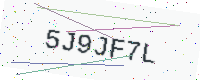
Text: 5J9JF7L